[Report on the health of British troops in the Madras command]
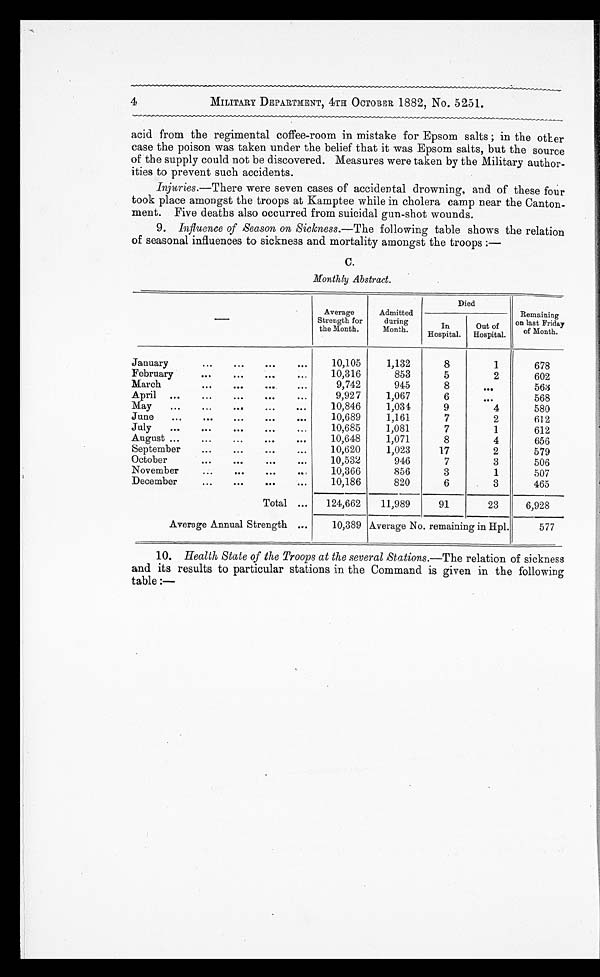
MILITARY DEPARTMENT, 4TH OCTOBER 1882, No. 5251.
acid from the regimental coffee-room in mistake for Epsom salts ; in the other
case the poison was taken under the belief that it was Epsom salts, but the source
of the supply could not be discovered. Measures were taken by the Military author
- i t i e s t o p r e v e n t s u c h a c c i d e n t s .
Injuries.—There were seven cases of accidental drowning, and of these four
took place amongst the troops at Kamptee while in cholera camp near the Canton
- m e n t . F i v e d e a t h s a l s o o c c u r r e d f r o m s u i c i d a l g u n - s h o t w o u n d s .
9. Influence of Season on Sickness.— The following table shows the relation
of seasonal influences to sickness and mortality amongst the troops
C.
Monthly Abstract.
—
Average
Strength for
the Month.
Admitted
during
Month.
Died
Remaining
on last Friday
of Month.
In
Hospital.
Out of
Hospital.
January
. . .
10,105
1,132
8
1
678
February
. . .
10,316
853
5
2
602
March
. . .
9,742
945
8
. . .
563
April
. . .
9,927
1,067
6
. . .
568
May
. . .
10,846
1,034
9
4
580
June
. . .
10,689
1,161
7
2
612
July
. . .
10,685
1,081
7
1
612
August . . .
10,648
1,071
8
4
656
September
. . .
10,620
1,023
17
2
579
October
. . .
10,532
946
7
3
506
November
. . .
10,366
856
3
1
507
December
. . .
10,186
820
6
3
465
Total
. . .
124,662
11,989
91
23
6 , 9 2 8
Average Annual Strength
. . .
10,389 Average No. remaining in Hpl.
577
10 . Health State of the Troops at the several Stations.— The relation of sickness
and its results to particular stations in the Command is given in the following
table :—
4